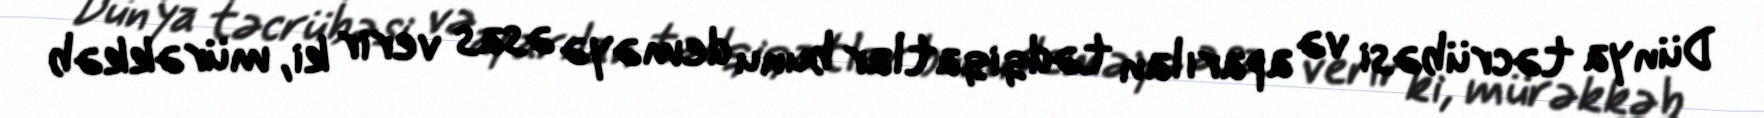
Dünya təcrübəsi və aparılan tədqiqatlar bunu deməyə əsas verir ki, mürəkkəb